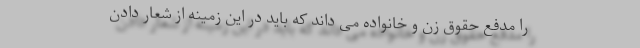
را مدفع حقوق زن و خانواده می داند که باید در این زمینه از شعار دادن